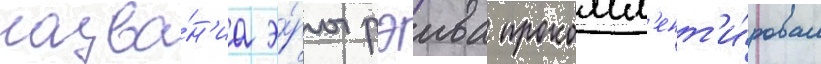
назва́н'иа э́ры рэива прокомм'ент'и́ровал